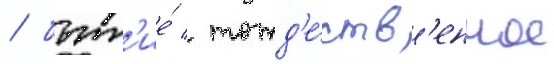
/ быт'ие́ / тожд'е́ств'енное